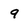
Character: 9